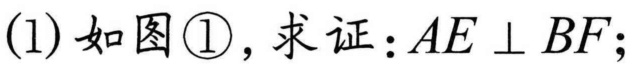
(1) 如图\textcircled{1}，求证：\(AE\perp BF\);